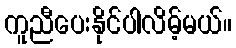
ကူညီပေးနိုင်ပါလိမ့်မယ်။